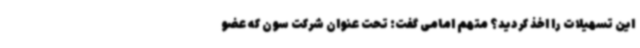
این تسهیلات را اخذ کردید؟ متهم امامی گفت: تحت عنوان شرکت سون که عضو